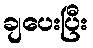
ချပေးပြီး